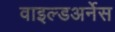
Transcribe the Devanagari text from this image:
वाइल्डअर्नेस